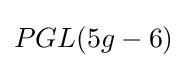
PGL(5g-6)